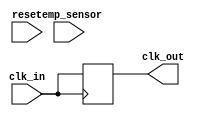
module temp_comp_clock_buffer (
    input wire clk_in,            // Input clock signal
    input wire temp_sensor,       // Temperature sensor input (digital signal)
    input wire reset,             // Asynchronous reset
    output wire clk_out           // Compensated clock output
);

// Memory Blocks for calibration data
reg [7:0] calibration_data [0:15]; // Example: 16 calibration values
reg [7:0] current_calibration;      // Current calibration value
reg [3:0] temp_index;               // Index based on temperature

// Control Logic - State Machine (simplified)
reg [1:0] state;
parameter IDLE = 2'b00, READ_CAL = 2'b01, ADJUST_DELAY = 2'b10;

// Delay Elements
reg [3:0] clock_delay; // Clock delay control
wire delayed_clk;

// Clock Buffer Circuitry
assign clk_out = delayed_clk;

always @(posedge clk_in or posedge reset) begin
    if (reset) begin
        state <= IDLE;
        current_calibration <= 8'd0;
        clock_delay <= 4'd0;
    end else begin
        case (state)
            IDLE: begin
                // Read temperature and determine calibration index
                temp_index <= temp_sensor; // Assume temp_sensor provides index
                state <= READ_CAL;
            end

            READ_CAL: begin
                // Read calibration data based on temperature index
                current_calibration <= calibration_data[temp_index];
                state <= ADJUST_DELAY;
            end

            ADJUST_DELAY: begin
                // Adjust clock delay based on calibration data
                clock_delay <= current_calibration; // Set delay based on calibration
                state <= IDLE; // Return to idle state
            end
        endcase
    end
end

// Delay logic to generate compensated clock signal
always @(posedge clk_in) begin
    // Here we simulate a delay based on clock_delay value
    // In real design, you might use a variable delay element or a clock divider
    delayed_clk <= clk_in; // Simple assignment (should implement delay logic)
    // Insert clock delay logic based on clock_delay value
end

// Initial calibration data settings (for simulation purposes)
initial begin
    // Populate calibration_data with example values
    calibration_data[0] = 8'h00;
    calibration_data[1] = 8'h02;
    calibration_data[2] = 8'h04;
    calibration_data[3] = 8'h06;
    calibration_data[4] = 8'h08;
    calibration_data[5] = 8'h0A;
    calibration_data[6] = 8'h0C;
    calibration_data[7] = 8'h0E;
    calibration_data[8] = 8'h10;
    calibration_data[9] = 8'h12;
    calibration_data[10] = 8'h14;
    calibration_data[11] = 8'h16;
    calibration_data[12] = 8'h18;
    calibration_data[13] = 8'h1A;
    calibration_data[14] = 8'h1C;
    calibration_data[15] = 8'h1E;
end

endmodule